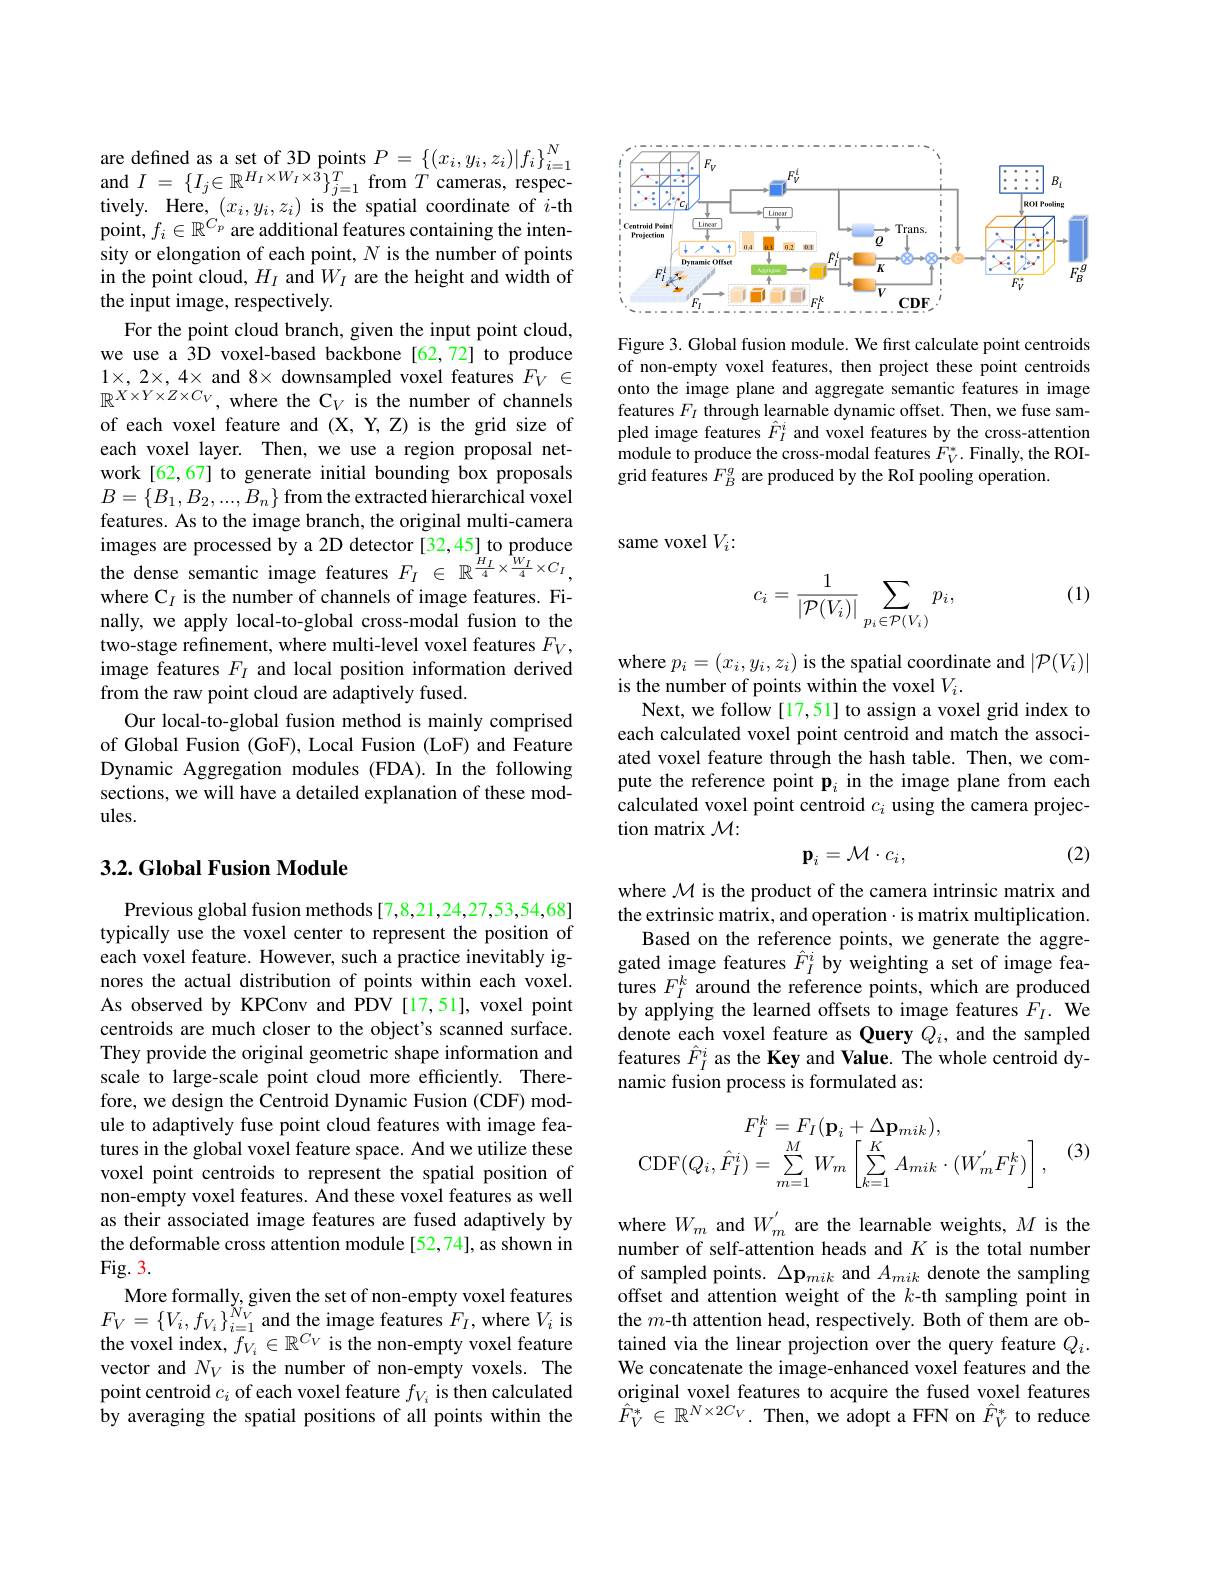
$\begin{array}{ll}\text{are defined as a set of 3D points }P=\{(x_{i},y_{i},z_{i})|f_{i}\}_{i=1}^{N}\\\mathrm{and~}I=\{I_{j}\in\mathbb{R}^{H_{I}\times W_{I}\times3}\}_{j=1}^{T}\mathrm{from~}T\mathrm{~cameras,~respec-}\end{array}$ tively. Here, $(x_i,y_i,z_i)$ is the spatial coordinate of $i$-th point, $f_i\in\mathbb{R}^C_p$ are additional features containing the intensity or elongation of each point, $N$ is the number of points in the point cloud, $H_I$ and $W_I$ are the height and width of the input image, respectively.
For the point cloud branch, given the input point cloud, we use a 3D voxel-based backbone [62,72] to produce $1\times,2\times,4\times$ and 8$\times$ downsampled voxel features $F_V\in$ $\mathbb{R}^{\dot{X}\times Y\times Z\times C_V}$, where the C$_V$ is the number of channels of each voxel feature and (X, Y,Z) is the grid size of each voxel layer. Then, we use a region proposal network [62,67] to generate initial bounding box proposals $B=\{B_{1},B_{2},...,B_{n}\}$ from the extracted hierarchical voxel features. As to the image branch, the original multi-camera images are processed by a 2D detector [32,45] to produce the dense semantic image features $F_I\in\mathbb{R}^{\frac{H_I}4\times\frac{W_I}4\times C_I}$, where C$_I$ is the number of channels of image features. Finally, we apply local-to-global cross-modal fusion to the two-stage refinement, where multi-level voxel features $F_V$, image features $F_I$ and local position information derived from the raw point cloud are adaptively fused.
Our local-to-global fusion method is mainly comprised of Global Fusion (GoF), Local Fusion (LoF) and Feature Dynamic Aggregation modules (FDA). In the following sections, we will have a detailed explanation of these modules.

## 3.2. Global Fusion Module

Previous global fusion methods[7,8,21,24,27,53,54,68] typically use the voxel center to represent the position of each voxel feature. However, such a practice inevitably ignores the actual distribution of points within each voxel. As observed by KPConv and PDV [17,51], voxel point centroids are much closer to the object's scanned surface. They provide the original geometric shape information and scale to large-scale point cloud more efficiently. Therefore, we design the Centroid Dynamic Fusion (CDF) module to adaptively fuse point cloud features with image features in the global voxel feature space. And we utilize these voxel point centroids to represent the spatial position of non-empty voxel features. And these voxel features as well as their associated image features are fused adaptively by the deformable cross attention module [52,74], as shown in $Fig.3.$
More formally, given the set of non-empty voxel features $F_{V}=\{V_{i},f_{V_{i}}\}_{i=1}^{\breve{N}_{V}}$and the image features $F_I$,where $V_{i}$ is the voxel index, $f_{V_i}\in\mathbb{R}^{C_V}$ is the non-empty voxel feature vector and $N_V$ is the number of non-empty voxels. The point centroid $c_i$ of each voxel feature $f_V_i$ is then calculated by averaging the spatial positions of all points within the

<FigureHere>

Figure 3. Global fusion module. We first calculate point centroids of non-empty voxel features, then project these point centroids onto the image plane and aggregate semantic features in image features $F_I$ through learnable dynamic offset. Then, we fuse sampled image features $\hat{F}_I^i$ and voxel features by the cross-attention module to produce the cross-modal features $F_V^*.$ Finally, the ROIgrid features $F_B^g$ are produced by the RoI pooling operation.

same voxel $V_i{:}$

(1)
$$c_i=\frac{1}{|\mathcal{P}(V_i)|}\sum_{p_i\in\mathcal{P}(V_i)}p_i,$$
where $p_i=(x_i,y_i,z_i)$ is the spatial coordinate and $|\mathcal{P}(V_i)|$

is the number of points within the voxel $V_i.$
Next, we follow[17,51] to assign a voxel grid index to each calculated voxel point centroid and match the associated voxel feature through the hash table. Then, we compute the reference point $\mathbf{p}_i$ in the image plane from each calculated voxel point centroid $c_i$ using the camera projection matrix $\mathcal{M}:$
(2)
$$\mathbf{p}_i=\mathcal{M}\cdot c_i,$$
where $\mathcal{M}$ is the product of the camera intrinsic matrix and the extrinsic matrix, and operation $\cdot$ is matrix multiplication.
Based on the reference points, we generate the aggregated image features $\hat{F}_I^i$ by weighting a set of image fea- $\begin{array}{l}{\mathrm{tures~}F_{I}^{k}\text{ around the reference points, which are produced}}\\{\mathrm{by~applying~the~learned~offsets~to~image~features~}F_{I}.~\mathrm{We}}\end{array}$ denote each voxel feature as Query $Q_i$, and the sampled features $\hat{F}_I^i$ as the Key and Value. The whole centroid dynamic fusion process is formulated as:

(3)
$$F_{I}^{k}=F_{I}(\mathbf{p}_{i}+\Delta\mathbf{p}_{mik}),\\\mathrm{CDF}(Q_{i},\hat{F}_{I}^{i})=\sum_{m=1}^{M}W_{m}\left[\sum_{k=1}^{K}A_{mik}\cdot(W_{m}^{'}F_{I}^{k})\right],$$
where $W_m$ and $W_m^{^{\prime}}$ are the learnable weights, $M$ is the number of self-attention heads and $K$ is the total number of sampled points. $\Delta\mathbf{p}_{mik}$ and $A_{mik}$ denote the sampling offset and attention weight of the $k$-th sampling point in the $m$-th attention head, respectively. Both of them are obtained via the linear projection over the query feature $Q_i.$ We concatenate the image-enhanced voxel features and the original voxel features to acquire the fused voxel features $\hat{F}_V^*\in\mathbb{R}^{N\times2C_V}.$ Then, we adopt a FFN on $\hat{F}_V^*$ to reduce